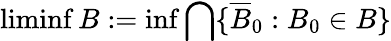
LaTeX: \operatorname*{liminf}B:=\operatorname*{inf}\bigcap\{ {\overline{{B}}}_{0}:B_{0}\in B\}